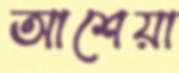
আশেয়া